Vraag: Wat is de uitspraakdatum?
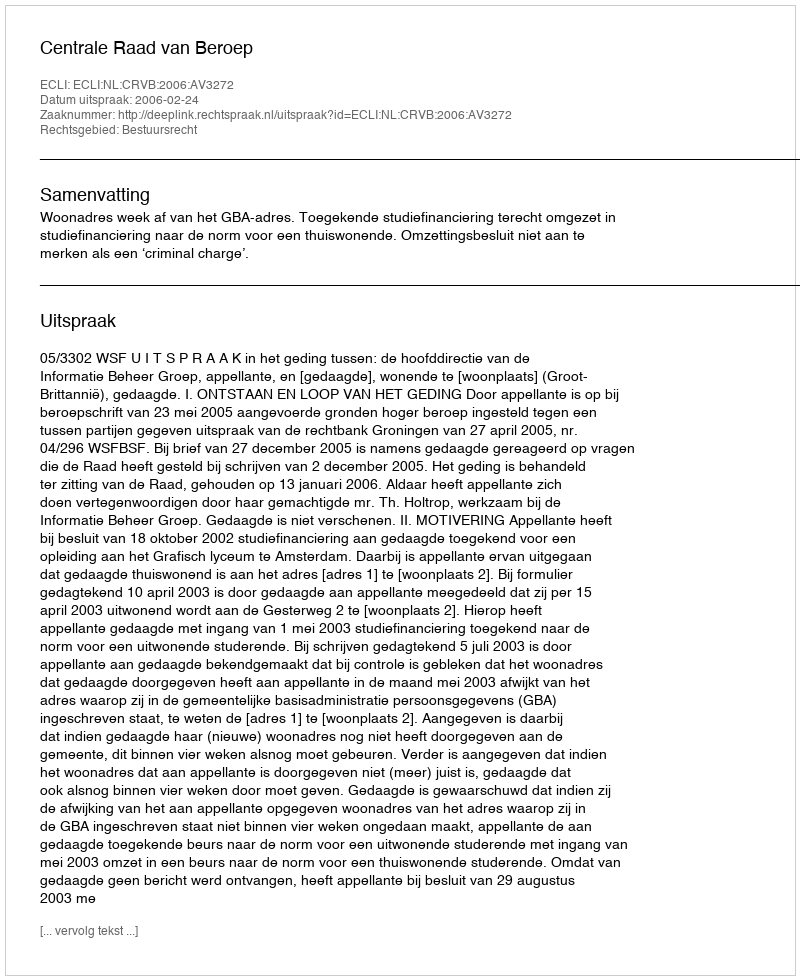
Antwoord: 2006-02-24